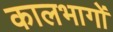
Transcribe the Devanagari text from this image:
कालभागों